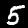
Digit: 5